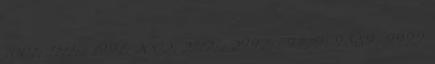
1001; 1111;.; 1991; 2002; 2112;.; 2992;.; 9779; 9889; 9999